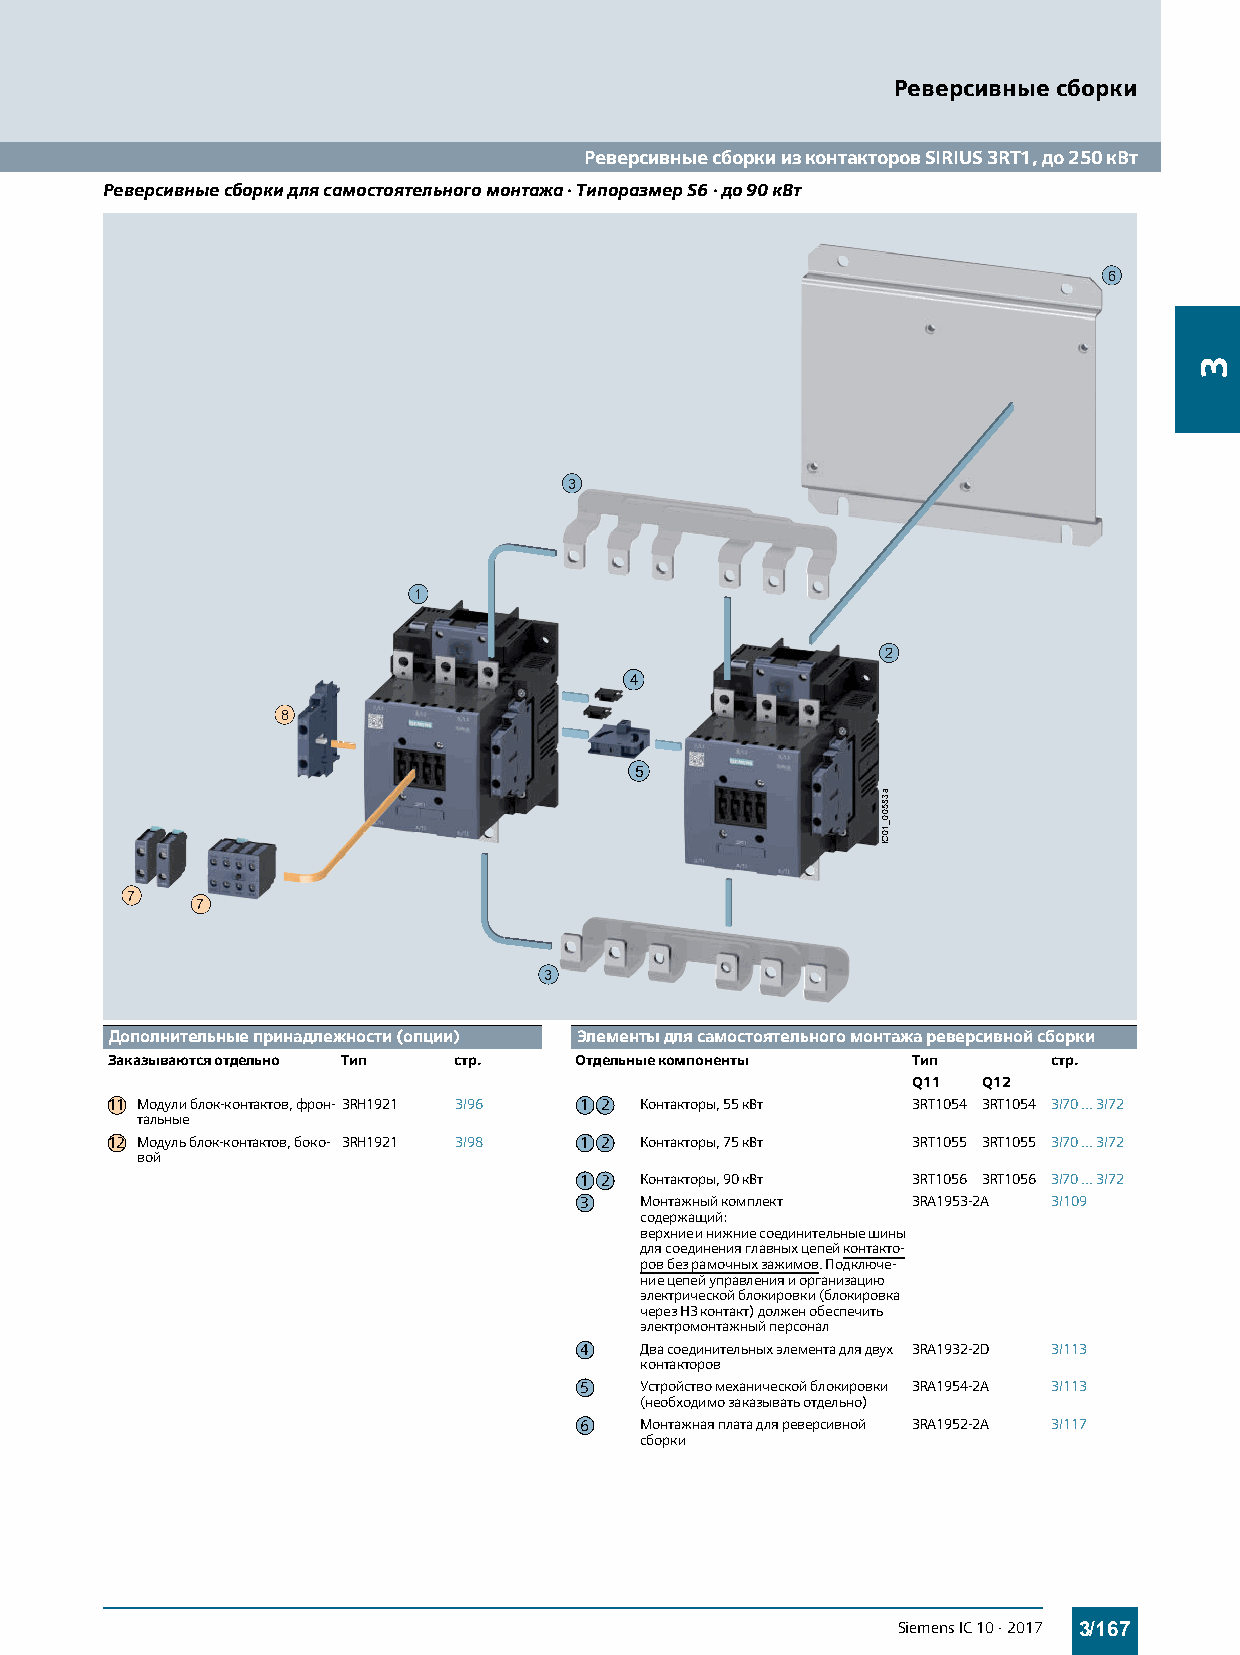
Реверсивные сборки
 Реверсивные сборки из контакторов SIRIUS 3RT1, до 250 кВт
 Реверсивные сборки для самостоятельного монтажа · Типоразмер S6 · до 90 кВт
 6
 3
 1
 2
 4
 8
 5
 7
 7
 3
 Дополнительные принадлежности (опции) Элементы для самостоятельного монтажа реверсивной сборки
 Заказываются отдельно Тип стр. Отдельные компоненты  Тип       стр.
 Q11  Q12
 11 Модули блок-контактов, фрон-3RH1921 3/96 1 2 Контакторы, 55кВт 3RT1054 3RT1054 3/70...3/72
 тальные
 12 Модуль блок-контактов, боко- 3RH1921 3/98 1 2 Контакторы, 75кВт 3RT1055 3RT1055 3/70...3/72
 вой
 1 2 Контакторы, 90кВт 3RT1056 3RT1056 3/70...3/72
 3   Монтажный комплект 3RA1953-2A 3/109
 содержащий:
 верхние и нижние соединительные шины
 для соединения главных цепей контакто-
 ров без рамочных зажимов. Подключе-
 ние цепей управления и организацию
 электрической блокировки (блокировка
 через НЗ контакт) должен обеспечить
 электромонтажный персонал
 4   Два соединительных элемента для двух 3RA1932-2D 3/113
 контакторов
 5   Устройство механической блокировки 3RA1954-2A 3/113
 (необходимо заказывать отдельно)
 6   Монтажная плата для реверсивной 3RA1952-2A 3/117
 сборки
 Siemens IC 10 · 2017 3/167
 a38500_10CI
 3